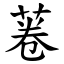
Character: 菤